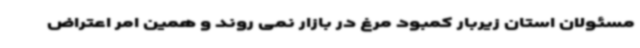
مسئولان استان زیربار کمبود مرغ در بازار نمی روند و همین امر اعتراض